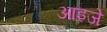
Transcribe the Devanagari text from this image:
आइजे